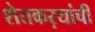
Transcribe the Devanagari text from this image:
शेतकऱयांची